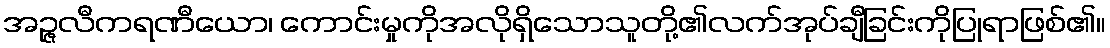
အဉ္ဇလီကရဏီယော၊ ကောင်းမှုကိုအလိုရှိသောသူတို့၏လက်အုပ်ချီခြင်းကိုပြုရာဖြစ်၏။